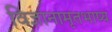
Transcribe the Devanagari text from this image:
विज्ञानामृतभाष्य